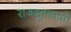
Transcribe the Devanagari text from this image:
राजदूतावासों